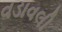
વડાવલી